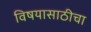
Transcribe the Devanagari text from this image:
विषयासाठीचा